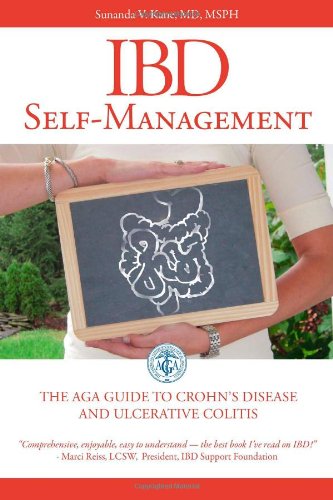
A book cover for IBD Self-Management: The AGA Guide to Crohn's Disease and Ulcerative Colitis; Sunanda V. Kane; Health, Fitness & Dieting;